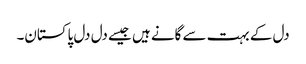
دل کے بہت سے گانے ہیں جیسے دل دل پاکستان۔